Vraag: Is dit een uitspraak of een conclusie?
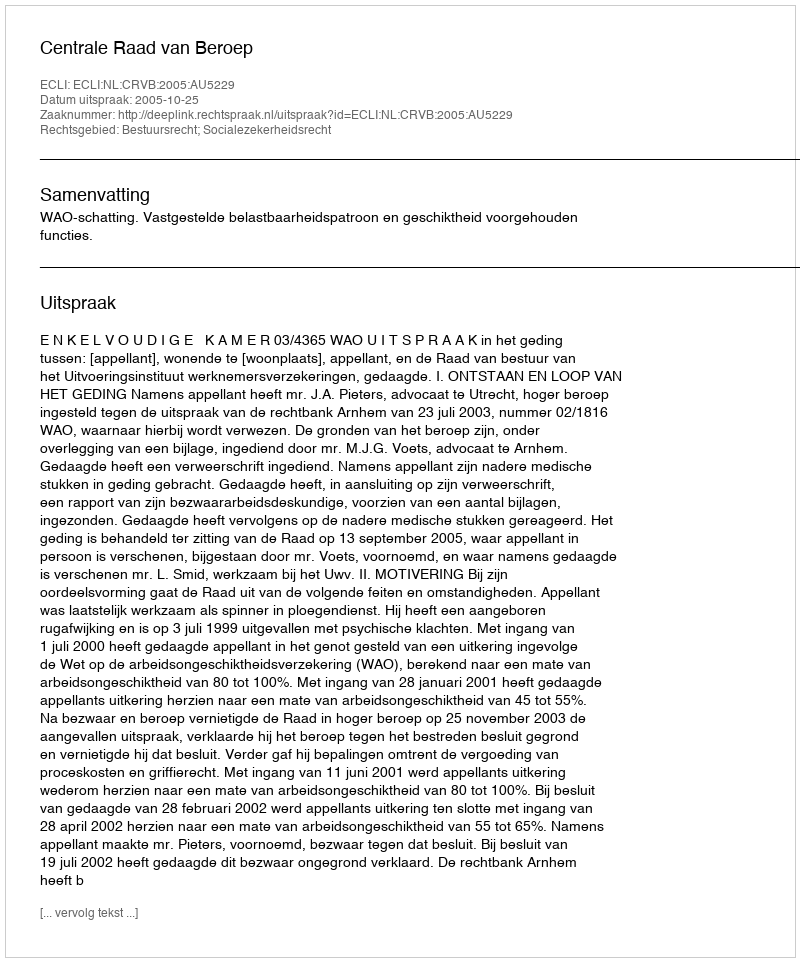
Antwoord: Uitspraak